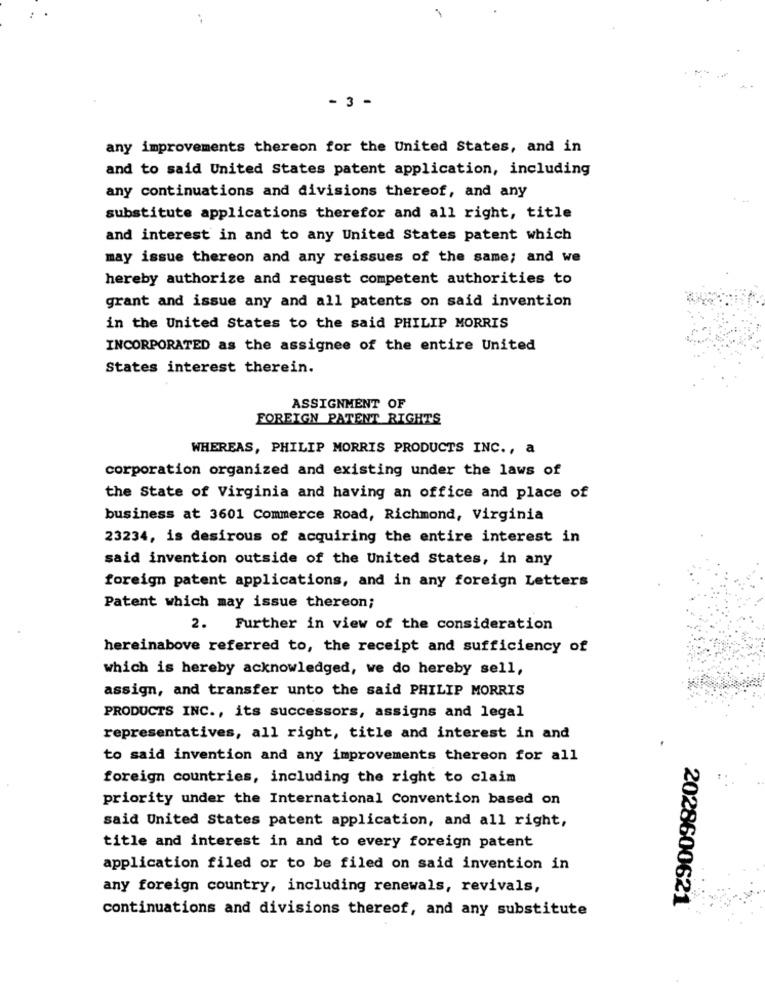
..
- 3 -
any improvements thereon for the United States, and in
and to said United States patent application, including
any continuations and divisions thereof, and any
substitute applications therefor and all right, title
and interest in and to any United States patent which
may issue thereon and any reissues of the same; and we
hereby authorize and request competent authorities to
grant and issue any and all patents on said invention
in the United States to the said PHILIP MORRIS
INCORPORATED as the assignee of the entire United
States interest therein.
ASSIGNMENT OF
FOREIGN PATENT RIGHTS
WHEREAS, PHILIP MORRIS PRODUCTS INC ., a
corporation organized and existing under the laws of
the State of Virginia and having an office and place of
business at 3601 Commerce Road, Richmond, Virginia
23234, is desirous of acquiring the entire interest in
said invention outside of the United States, in any
foreign patent applications, and in any foreign Letters
Patent which may issue thereon;
2. Further in view of the consideration
hereinabove referred to, the receipt and sufficiency of
which is hereby acknowledged, we do hereby sell,
assign, and transfer unto the said PHILIP MORRIS
PRODUCTS INC ., its successors, assigns and legal
representatives, all right, title and interest in and
to said invention and any improvements thereon for all
foreign countries, including the right to claim
priority under the International Convention based on
said United States patent application, and all right,
title and interest in and to every foreign patent
application filed or to be filed on said invention in
any foreign country, including renewals, revivals,
2028600621
continuations and divisions thereof, and any substitute